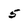
Character: 5